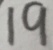
1 9